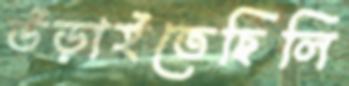
উড়াইতেছিলি